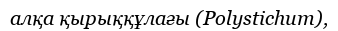
алқа қырыққұлағы (Polystіchum),